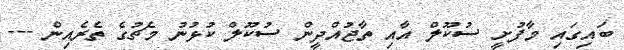
ބައިގައި މާފުށީ ސުކޫލް އާއި ތާޖުއްދީން ސުކޫލް ކުޅުނު މެޗުގެ ތެރެއިން ---